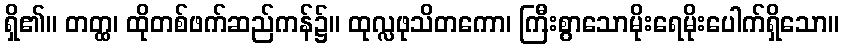
ရှိ၏။ တတ္ထ၊ ထိုတစ်ဖက်ဆည်ကန်၌။ ထုလ္လဖုသိတကော၊ ကြီးစွာသောမိုးရေမိုးပေါက်ရှိသော။